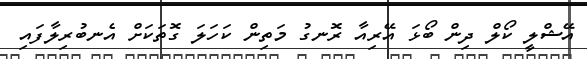
އޭޝްލީ ކޯލް ދިން ބޯޅަ އޭރިއާ ރޮނގު މަތިން ކަހަލަ ގޮތަކަށް އެނބުރިލާފައި